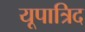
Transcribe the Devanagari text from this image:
यूपात्रिद